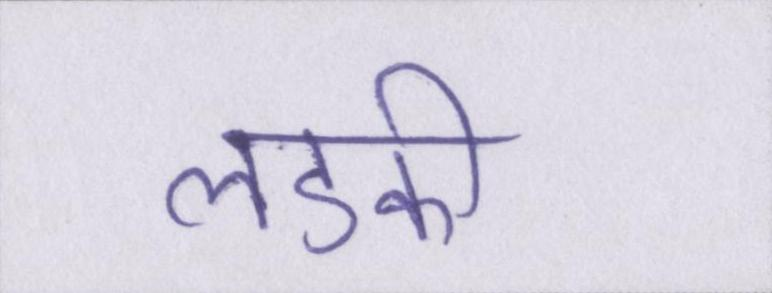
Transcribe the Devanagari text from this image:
लडकी